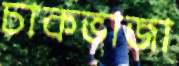
চাকভাজা